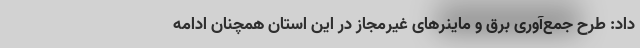
داد: طرح جمع‌آوری برق و ماینرهای غیرمجاز در این استان همچنان ادامه